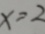
x = 2